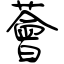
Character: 薈